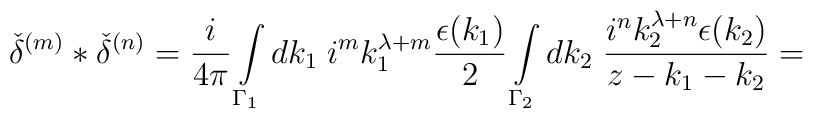
{\check{\delta}}^{(m)}\ast{\check{\delta}}^{(n)}=\frac {i} {4\pi}\int\limits_{{\Gamma}_1}dk_1\;i^mk_1^{\lambda+m}\frac {\epsilon(k_1)} {2}\int\limits_{{\Gamma}_2}dk_2\;\frac {i^nk_2^{\lambda+n}\epsilon(k_2)} {z-k_1-k_2}=